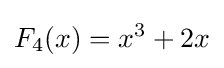
F_{4}(x)=x^{3}+2x